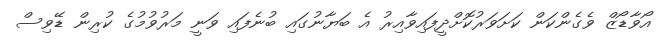
އޯވާޑޯޒް ވެގެންކަން ކަށަވަރުކޮށްދީފައިވާއިރު އެ ބަޔާނުގައި ބުނެފައި ވަނީ މަރުވުމުގެ ކުރިން ޑޭވިސް